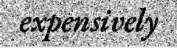
expensively